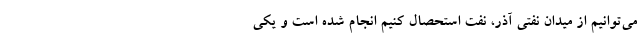
می‌توانیم از میدان نفتی آذر، نفت استحصال کنیم انجام شده است و یکی